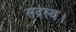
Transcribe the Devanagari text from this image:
सदस्‍य।